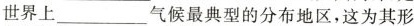
世界上 气候最典型的分布地区，这为其形